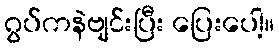
ဂွပ်ကနဲဗျင်းပြီး ပြေးပေါ့။